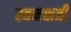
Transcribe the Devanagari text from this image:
स्वनक्षत्री